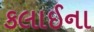
કલાઈના